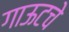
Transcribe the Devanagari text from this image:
गाऊटचे